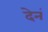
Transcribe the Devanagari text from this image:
देनं